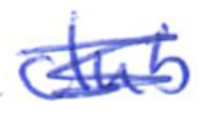
Text: club
Cross-out: scratch
Writing tool: ballpoint